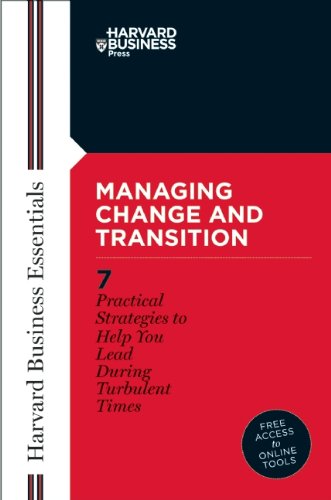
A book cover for Managing Change and Transition; Richard Luecke; Business & Money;